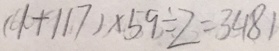
( 1 + 1 1 7 ) \times 5 9 \div 2 = 3 4 8 1